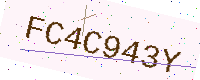
Text: FC4C943Y